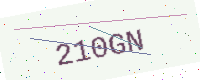
Text: 210GN